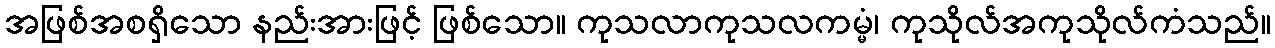
အဖြစ်အစရှိသော နည်းအားဖြင့် ဖြစ်သော။ ကုသလာကုသလကမ္မံ၊ ကုသိုလ်အကုသိုလ်ကံသည်။